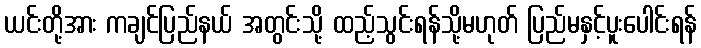
ယင်းတို့အား ကချင်ပြည်နယ် အတွင်းသို့ ထည့်သွင်းရန်သို့မဟုတ် ပြည်မနှင့်ပူးပေါင်းရန်